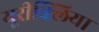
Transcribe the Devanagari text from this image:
यूरीक्लिया